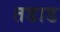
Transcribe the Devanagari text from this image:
तडाड